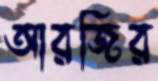
আরজির